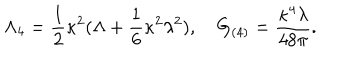
\Lambda _ { 4 } = \frac 1 2 \kappa ^ { 2 } ( \Lambda + \frac 1 6 \kappa ^ { 2 } \lambda ^ { 2 } ) , \quad G _ { ( 4 ) } = \frac { \kappa ^ { 4 } \lambda } { 4 8 \pi } .